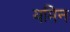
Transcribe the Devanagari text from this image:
यमिन